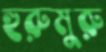
হুরুমুরু